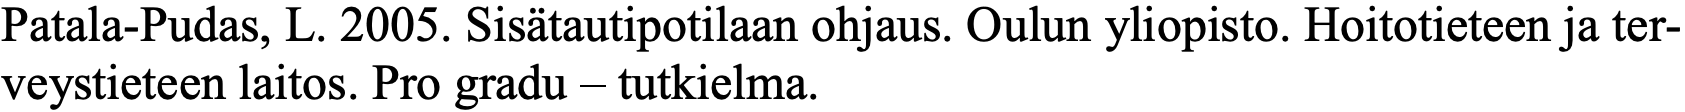
Patala-Pudas, L. 2005. Sisätautipotilaan ohjaus. Oulun yliopisto. Hoitotieteen ja ter- veystieteen laitos. Pro gradu – tutkielma.